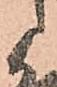
候